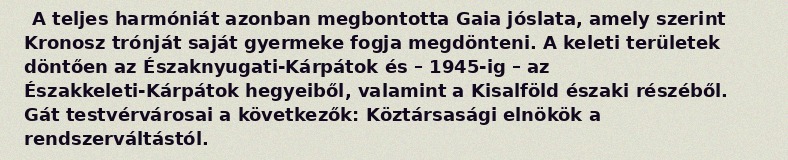
A teljes harmóniát azonban megbontotta Gaia jóslata, amely szerint Kronosz trónját saját gyermeke fogja megdönteni. A keleti területek döntően az Északnyugati-Kárpátok és – 1945-ig – az Északkeleti-Kárpátok hegyeiből, valamint a Kisalföld északi részéből. Gát testvérvárosai a következők: Köztársasági elnökök a rendszerváltástól.